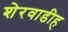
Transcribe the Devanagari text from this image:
शेरवाडीह